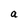
Character: a